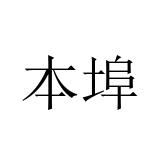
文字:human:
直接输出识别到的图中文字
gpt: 本埠